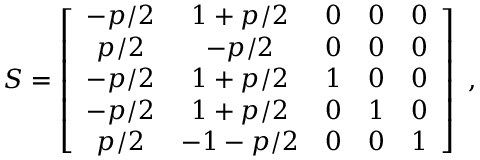
{ \cal S } = \left[ \begin{array} { c c c c c } { - p / 2 } & { 1 + p / 2 } & { 0 } & { 0 } & { 0 } \\ { p / 2 } & { - p / 2 } & { 0 } & { 0 } & { 0 } \\ { - p / 2 } & { 1 + p / 2 } & { 1 } & { 0 } & { 0 } \\ { - p / 2 } & { 1 + p / 2 } & { 0 } & { 1 } & { 0 } \\ { p / 2 } & { - 1 - p / 2 } & { 0 } & { 0 } & { 1 } \end{array} \right] \ ,